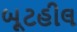
બૂટહીલ